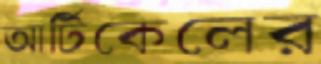
আর্টিকেলের